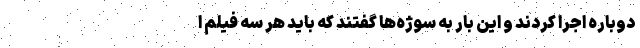
دوباره اجرا کردند و این بار به سوژه‌ها گفتند که باید هر سه فیلم ا